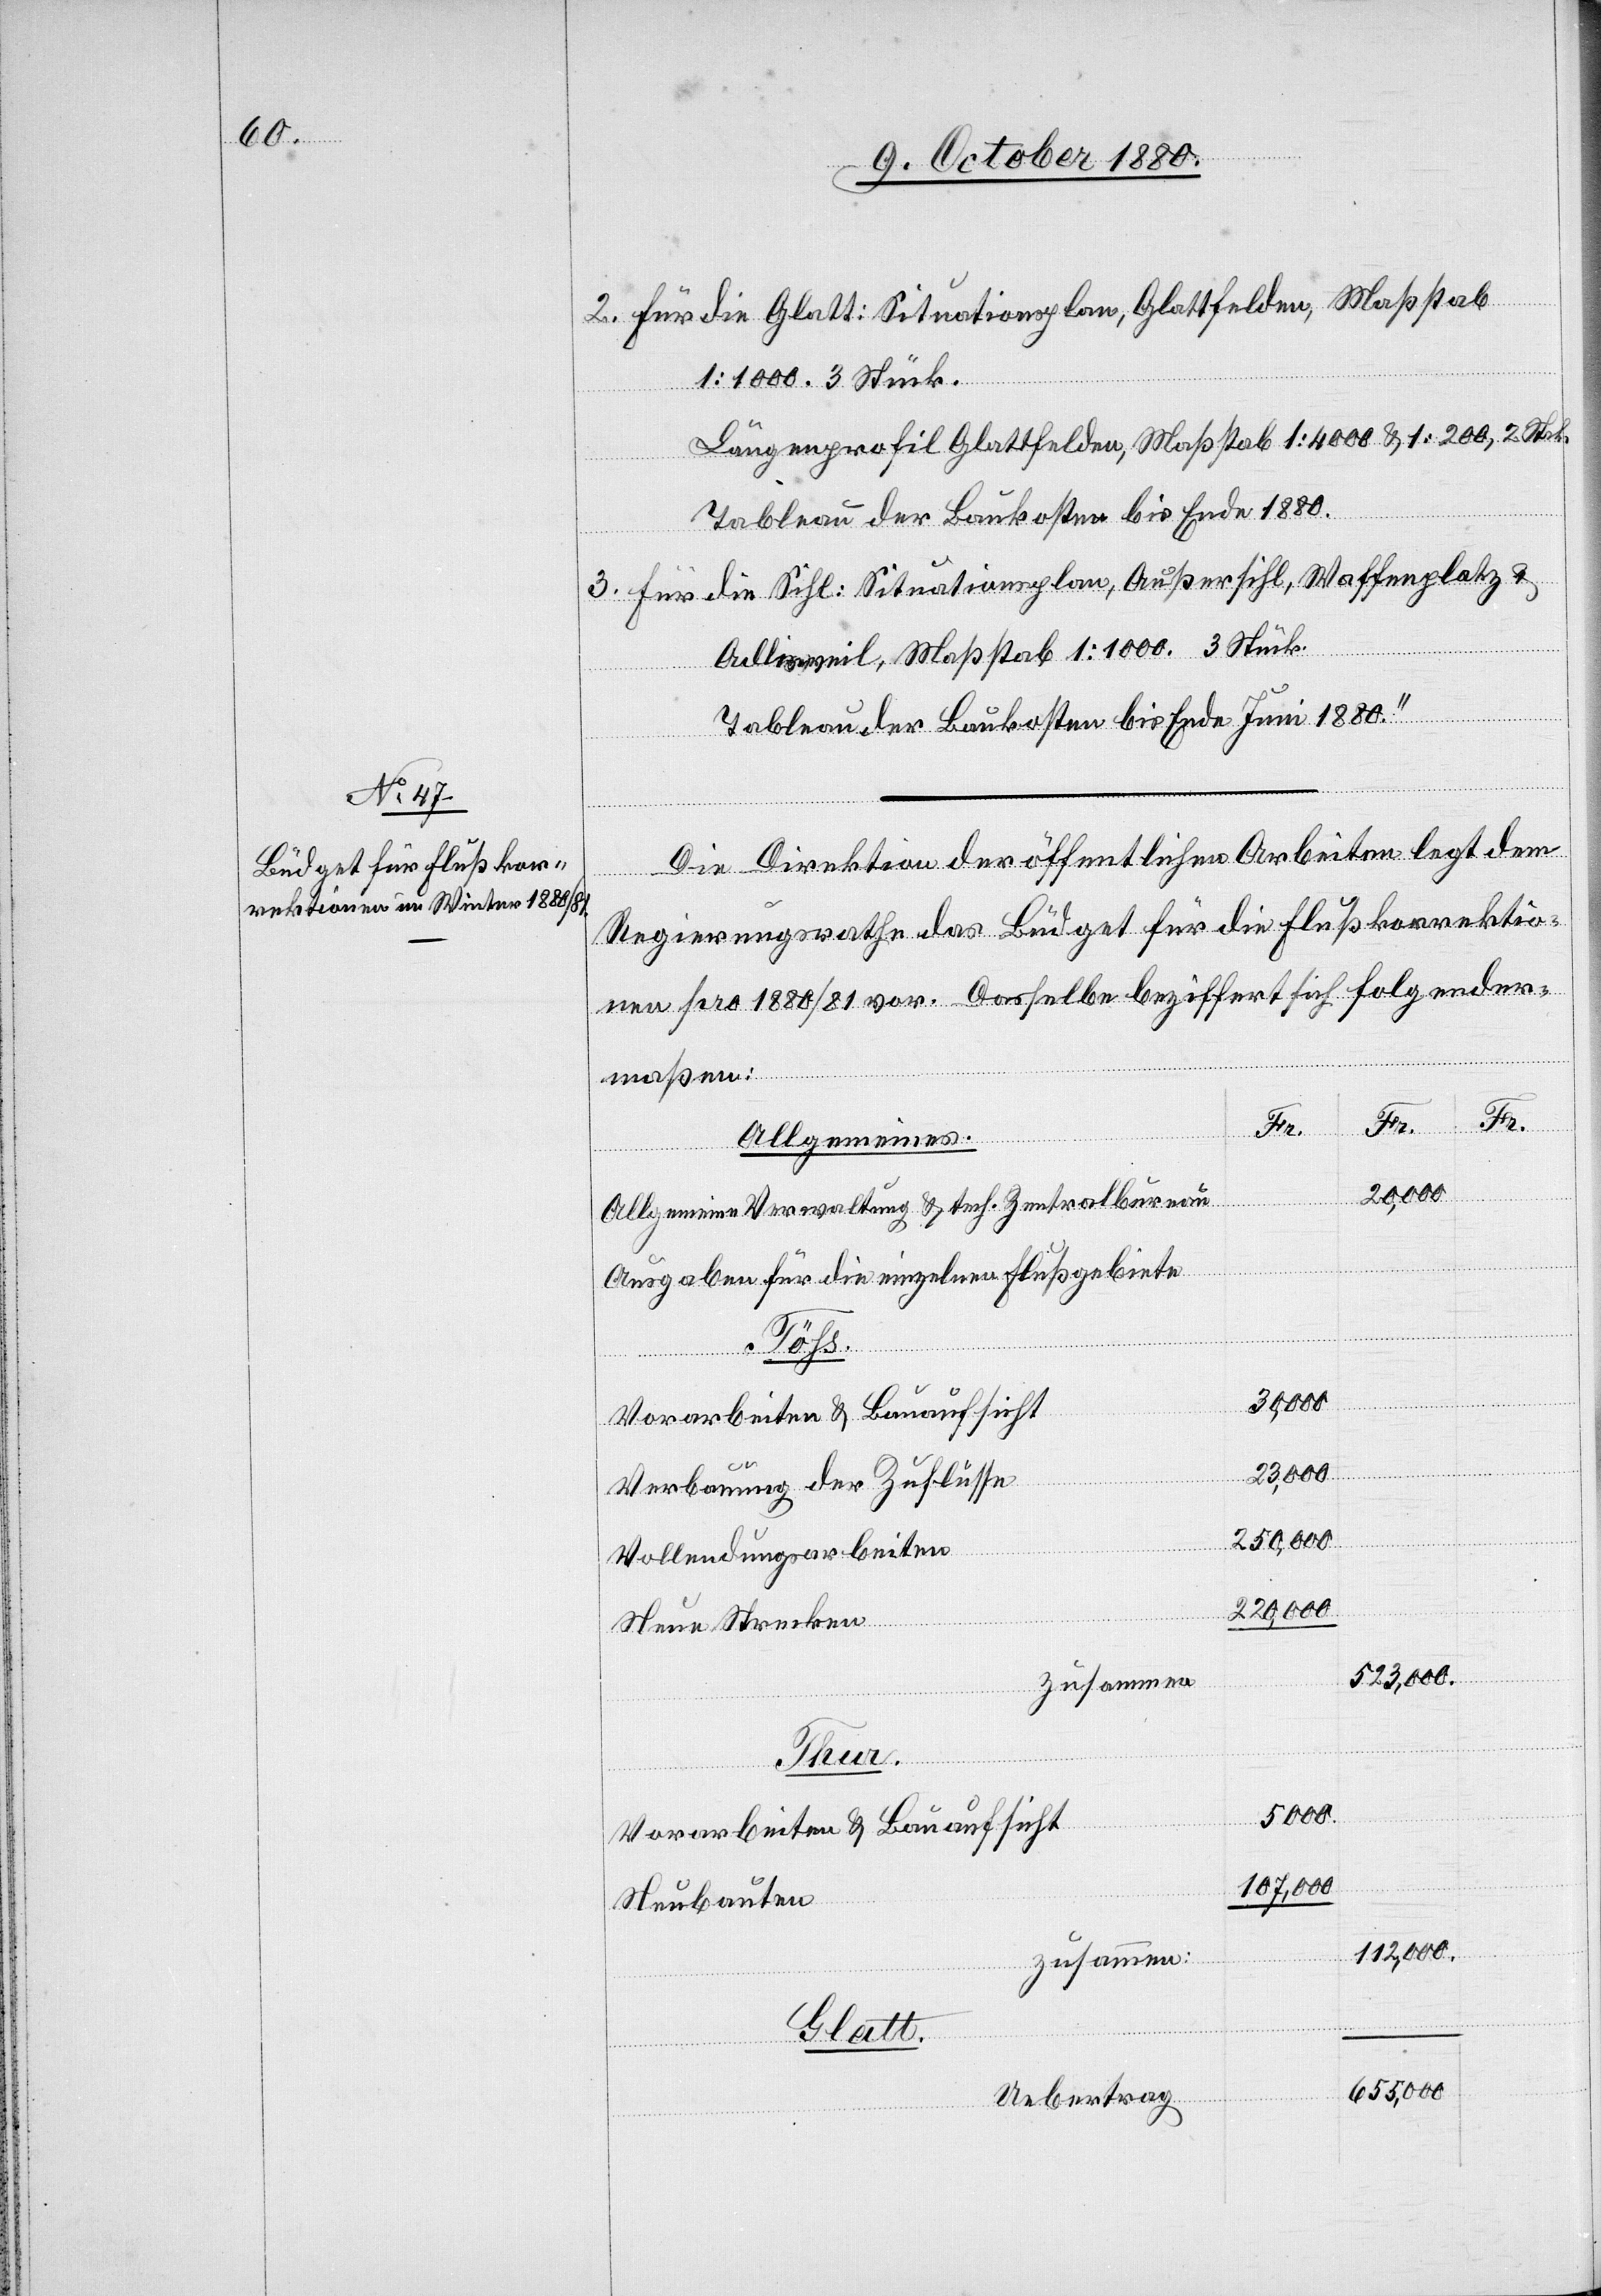
2. Für die Glatt: Situationsplan, Glattfelden, Maßstab
1:1000. 3 Stück.
Längenprofil Glattfelden, Maßstab 1:4000 & 1:200, 2 Stk.
Tableau der Baukosten bis Ende 1880.
3. Für die Sihl: Situationsplan, Außersihl, Waffenplatz &
Tableau der Baukosten bis Ende Juni 1880.“
Die Direktion der öffentlichen Arbeiten legt dem
Regierungsrathe das Büdget für die Flußkorrektio¬
n pro 1880/81 vor. Dasselbe beziffert sich folgender¬
maßen:
Fr.
Fr.
Fr.
Allgemeines.
523,000
Allgemeine Verwaltung & tech. Zentralbureau
Ausgaben für die einzelne Flußgebiete
Töß.
Adlisweil,
30,000
Verbauung der Zuflüsse
220,000
Vollendungsarbeiten
Neue Strecken
Thur.
5000
Vorarbeiten & Bauaufsicht
112,000
Neubauten
zusammen:
Glatt.
655,000
Uebertrag